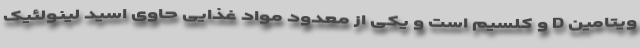
ویتامین D و کلسیم است و یکی از معدود مواد غذایی حاوی اسید لینولئیک